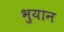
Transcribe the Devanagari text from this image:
भुयान